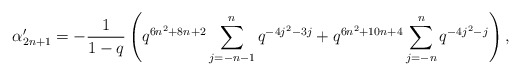
\begin{align*} \alpha'_{2n+1} = -\frac{1}{1-q}\left(q^{6n^2+8n+2}\sum_{j=-n-1}^{n}q^{-4j^2-3j} + q^{6n^2+10n+4}\sum_{j=-n}^{n}q^{-4j^2-j}\right),\end{align*}